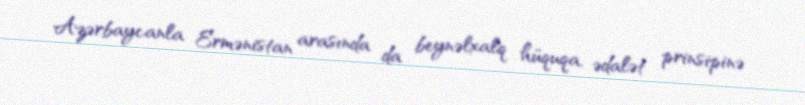
Azərbaycanla Ermənistan arasında da beynəlxalq hüquqa, ədalət prinsipinə